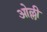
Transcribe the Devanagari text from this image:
ओल्ली